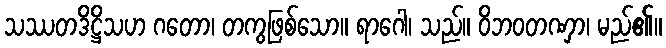
သဿတဒိဋ္ဌိသဟ ဂတော၊ တကွဖြစ်သော။ ရာဂေါ၊ သည်။ ဝိဘဝတဏှာ၊ မည်၏။